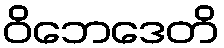
ဝိဘေဒေတိ